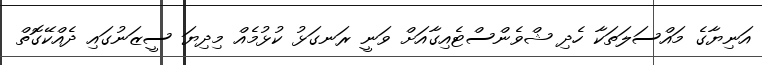
އަނިޔާގެ މައްސަލަތަކާ ހެދި ޝްވެންސްޓެއިގާއަށް ވަނީ ރަނގަޅު ކުޅުމެއް މިދިޔަ ސީޒަނުގައި ދެއްކޭގޮތް